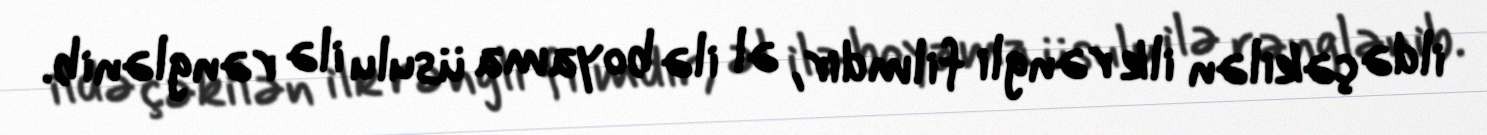
ildə çəkilən ilk rəngli filmdir, əl ilə boyama üsulu ilə rənglənib.